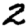
Digit: 2